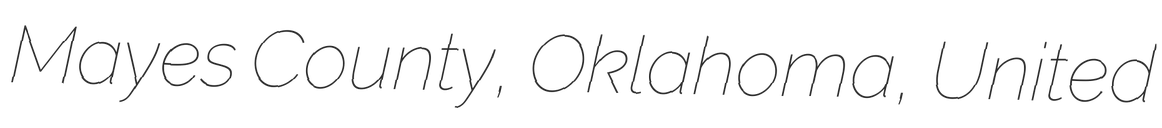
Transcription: Mayes County, Oklahoma, United